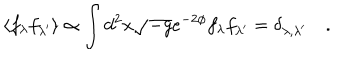
\langle f _ { \lambda } f _ { \lambda ^ { \prime } } \rangle \propto \int d ^ { 2 } x \sqrt { - g } e ^ { - 2 \phi } f _ { \lambda } f _ { \lambda ^ { \prime } } = \delta _ { \lambda , \lambda ^ { \prime } } \quad .